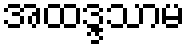
အထဒ္ဒသာမ